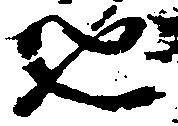
也